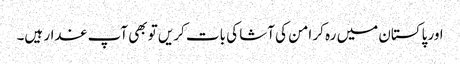
اور پاکستان میں رہ کر امن کی آشا کی بات کریں تو بھی آپ غدار ہیں۔